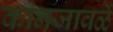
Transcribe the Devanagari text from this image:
कानजावळें